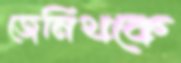
জেনিথকে